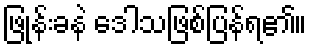
ဖြုန်းခနဲ ဒေါသဖြစ်ပြန်ရ၏။